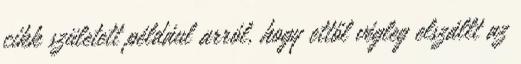
cikk született például arról, hogy ettől végleg elszállt az